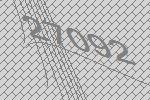
27092